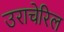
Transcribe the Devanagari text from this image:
उराचेरिल